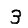
Digit: 3